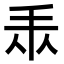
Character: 𢪐